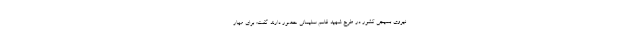
نیروی بسیجی کشور در طرح شهید قاسم سلیمانی حضور دارند گفت: برای مهار